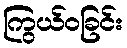
ကြွယ်ဝခြင်း